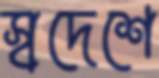
স্বদেশে